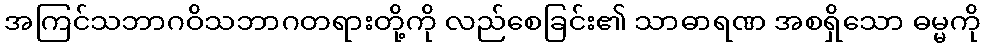
အကြင်သဘာဂဝိသဘာဂတရားတို့ကို လည်စေခြင်း၏ သာဓာရဏ အစရှိသော ဓမ္မကို